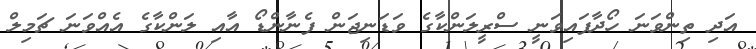
އަދި ތިންވަނަ ހޯދާފައިވަނީ ސްރީލަންކާގެ ވަޑަނިޖަން ފެނާންޑޯ އާއި ލަންކާގެ އެއްވަނަ ޗަމިލް